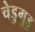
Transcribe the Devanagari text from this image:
चेडुगुडु